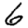
Digit: 6